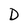
Character: D